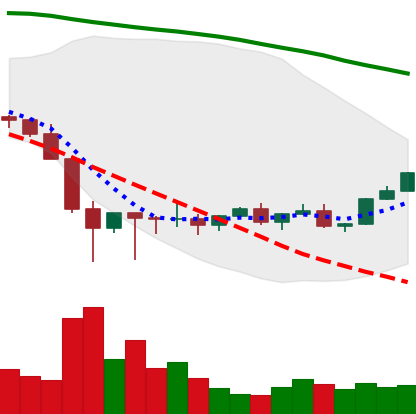
Ticker: XLM-USD
Chart end date: 2022-02-06
Forward return: -3.635%
Label: down_3_5